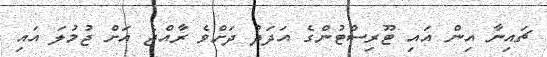
ޗައިނާ އިން އައި ޓޫރިސްޓުންގެ އަދަދު ދަށްވެ ރާއްޖެ އަށް ޖުމުލަ އައި